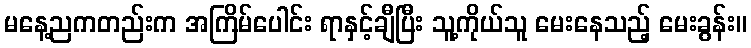
မနေ့ညကတည်းက အကြိမ်ပေါင်း ရာနှင့်ချီပြီး သူ့ကိုယ်သူ မေးနေသည့် မေးခွန်း။